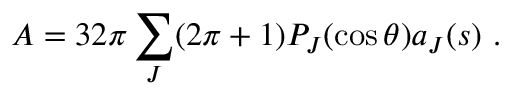
{ \cal { A } } = 3 2 \pi \sum _ { J } ( 2 \pi + 1 ) P _ { J } ( \cos \theta ) a _ { J } ( s ) ~ .